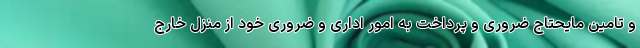
و تامین مایحتاج ضروری و پرداخت به امور اداری و ضروری خود از منزل خارج